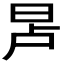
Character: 𬀭